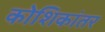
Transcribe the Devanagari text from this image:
कोशिकांतर